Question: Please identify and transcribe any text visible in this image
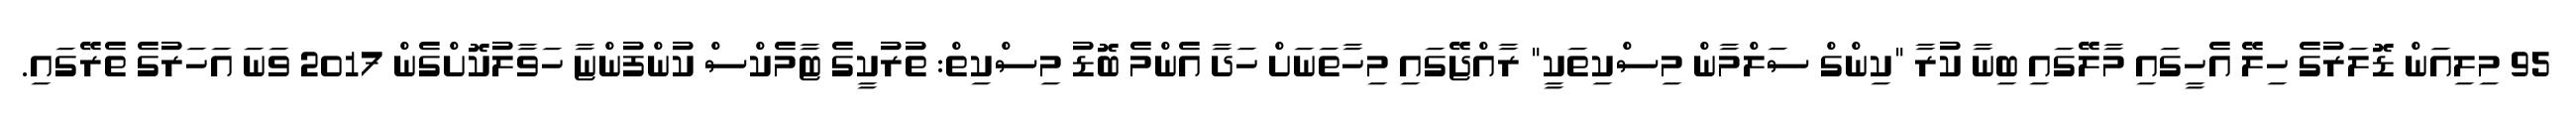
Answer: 95 މިލިއަން ޑޮލަރުގެ ހިލޭ އެހީގައި މާލޭގައި ބިނާ ކުރާ "ކިންގް ސަލްމާން މިސްކިތަކީ" ރާއްޖޭގައި މިހާތަނަށް ހަދާ އެންމެ ބޮޑު މިސްކިތް: ތުރުކީގެ ޓާމެކްސް ކުންފުންޏާ ހަވާލުކޮށްގެން 2017 ވަނަ އަހަރުގެ ތެރޭގައި.